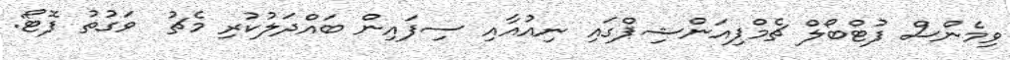
ވިމެންސް ފުޓްބޯލް ޗެމްޕިއަންޝިޕްގައި ނިއުއާއި ސިފައިން ބައްދަލުކުރި މެޗު  ވަގުތު ފޮޓޯ: